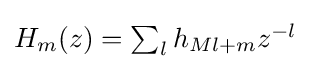
{\textstyle H_{m}(z)=\sum _{l}h_{Ml+m}z^{-l}}